NAE_EAOK_eestikeelsed_sunnimeetrikad, lk 255
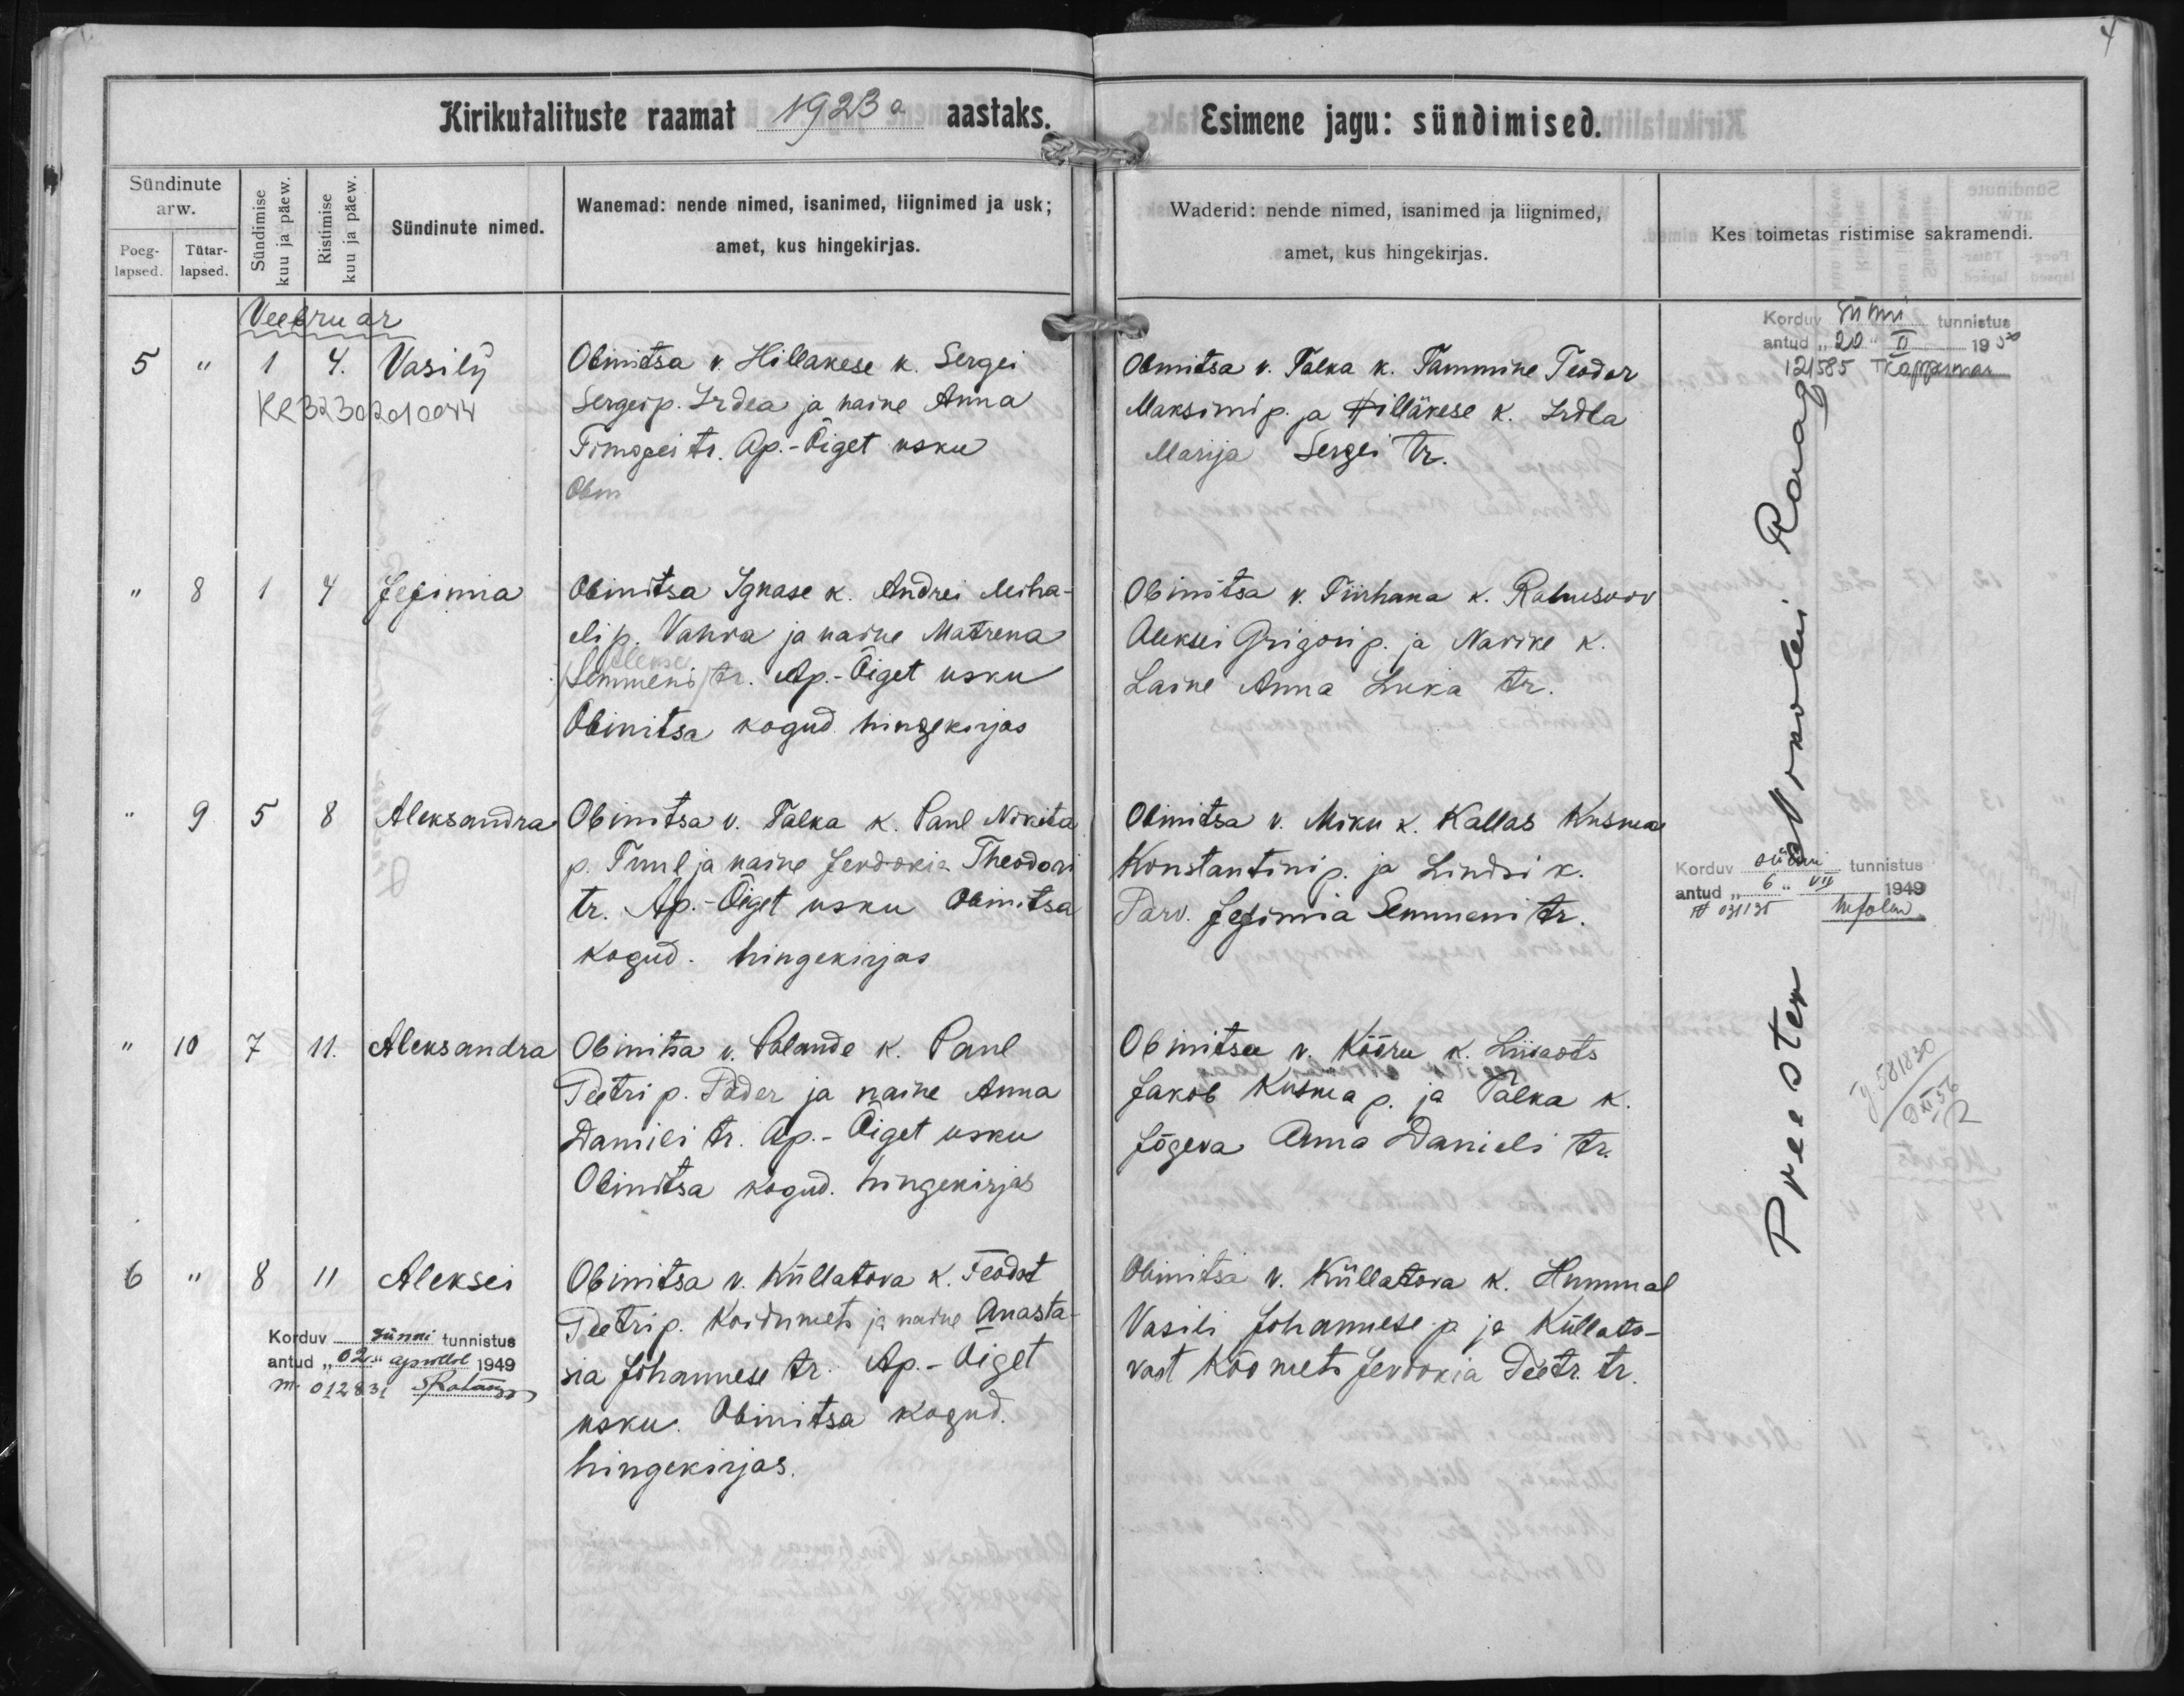
Vasilij

Jefima

Aleksandra

Aleksandra

Aleksei

Obinitsa v Hillakese k. Sergei
Sergei p. Irdea ja naine Anna
Timofei tr. Ap.-Õiget usku

Obinitsa Ignase k. Andrei Miha-
eli p. Vahra ja naine Matrena
/Semmeni/ tr. Ap.-Õiget usku
Obinitsa kogud. hingekirjas

Obinitsa v. Palka k. Paul Nikita
p. Tuul ja naine Jerdokia Theodori
tr. Ap.-Õiget usku Obinitsa
kogud. hingekirjas

Obinitsa v. Palande k. Paul
Peetri p. Põder ja naine Anna
Daniili tr. Ap.-Õiget usku
Obinitsa kogud. hingekirjas.

Obinitsa v. Küllatova k. Feodor
Peetri p. Koidumets ja naine Anasta-
sia Johannese tr. Ap.-Õiget
usku. Obinitsa kogud.
hingekirjas.